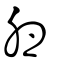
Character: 卵